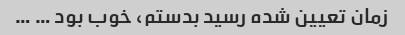
زمان تعیین شده رسید بدستم، خوب بود … …